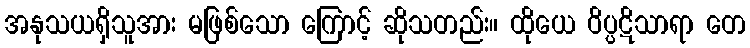
အနုသယရှိသူအား မဖြစ်သော ကြောင့် ဆိုသတည်း။ ထိုယေ ဝိပ္ပဋိသာရာ တေ